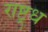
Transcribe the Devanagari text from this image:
राष्ट्रध